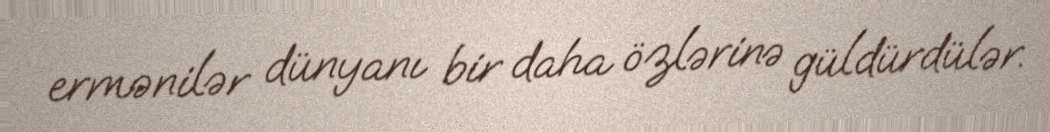
ermənilər dünyanı bir daha özlərinə güldürdülər.